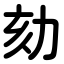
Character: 劾